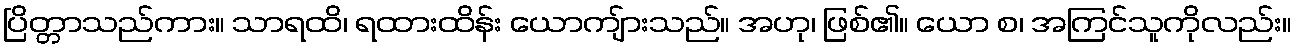
ပြိတ္တာသည်ကား။ သာရထိ၊ ရထားထိန်း ယောကျ်ားသည်။ အဟု၊ ဖြစ်၏။ ယော စ၊ အကြင်သူကိုလည်း။